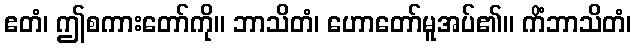
ဧတံ၊ ဤစကားတော်ကို။ ဘာသိတံ၊ ဟောတော်မူအပ်၏။ ကိံဘာသိတံ၊